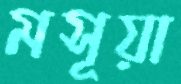
মসূয়া